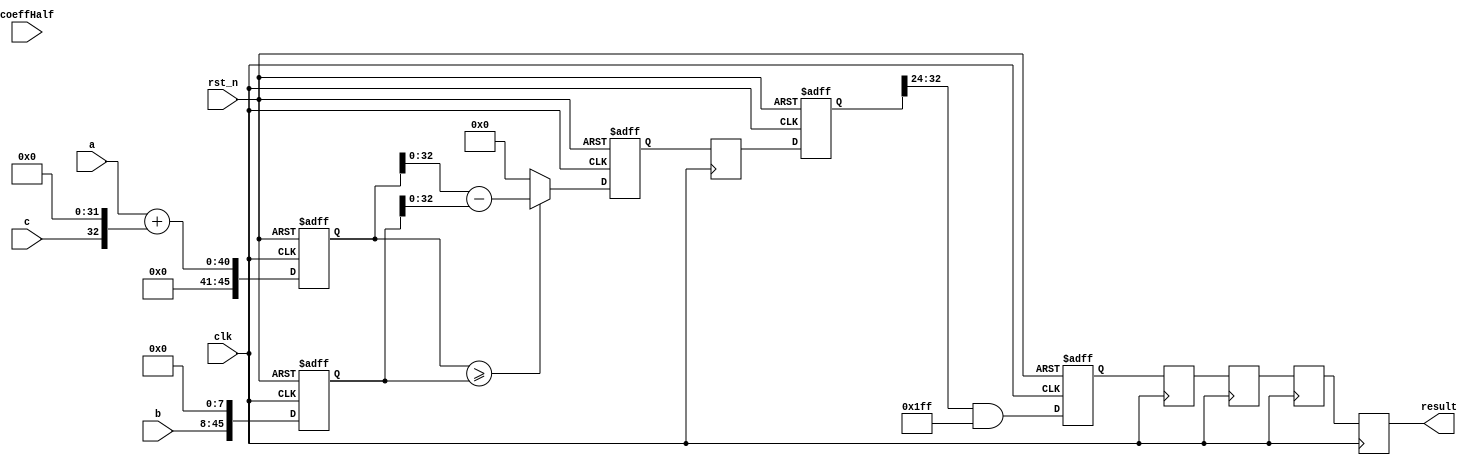
module mul_add_1(
	input        clk,
	input        rst_n,
	input [39:0] a,
	input [37:0] b,
	input        c,
	input [8:0]  coeffHalf,
	output[8:0]  result
);

reg [45:0] result0;
always@(posedge clk or negedge rst_n)
begin
	if(!rst_n) begin
		result0<=46'd0;
	end
	else begin
		result0<=a+(c<<32);
	end
end

reg [45:0] b_reg;
always@(posedge clk or negedge rst_n)
begin
	if(!rst_n) begin
		b_reg <= 46'd0;
	end
	else begin
		b_reg <= b << 8;
	end
end

reg [45:0] result1;
always@(posedge clk or negedge rst_n)
begin
	if(!rst_n) begin
		result1<=46'd0;
	end
	else begin
		result1<=(result0 >= b_reg) ? (result0 - b_reg) : 46'd0;
	end
end

reg [45:0] result2;
//
always@(posedge clk)
begin
	result2 <= result1;
end

reg [45:0] result3;
always@(posedge clk or negedge rst_n)
begin
	if(!rst_n) begin
		result3 <= 0;
	end
	else begin
		result3 <= result2 /* + ((coeffHalf<<16)-1) */;
	end
end

reg [8:0] result4;
always@(posedge clk or negedge rst_n)
begin
	if(!rst_n) begin
		result4 <= 9'd0;
	end
	else begin
		result4 <= (result3>>24)&({ {37{1'b0}}, {9{1'b1}} });
	end
end

reg [8:0] result5,result6,result7,result8;
//
always@(posedge clk)
begin
	result5 <= result4;
	result6 <= result5;
	result7 <= result6;
	result8 <= result7;
end

assign result = result8;
endmodule